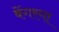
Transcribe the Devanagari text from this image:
बेंगरगा